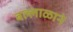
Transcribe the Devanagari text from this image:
बल्लाळाने